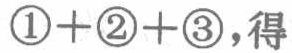
\textcircled{1}+\textcircled{2}+\textcircled{3}，得